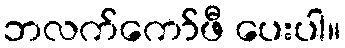
ဘလက်ကော်ဖီ ပေးပါ။